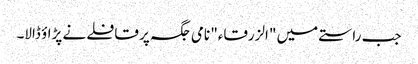
جب راستے میں "الزرقاء" نامی جگہ پر قافلے نے پڑاؤ ڈالا۔